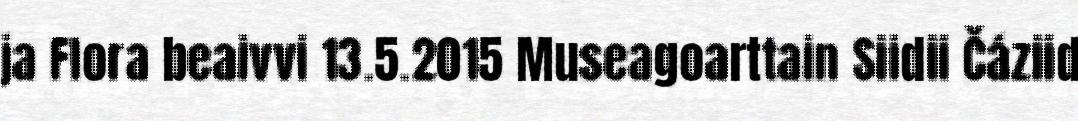
ja Flora beaivvi 13.5.2015 Museagoarttain Siidii Čáziid